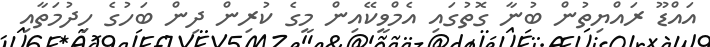
އައްޑޫ ރައްޔިތުން ބުނާ ގޮތުގައި އެމްވީކޭއިން މީގެ ކުރިން ދިން ބަހުގެ ހިދުމަތާއި